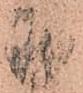
我